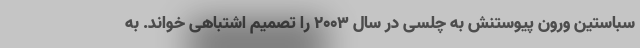
سباستین ورون پیوستنش به چلسی در سال ۲۰۰۳ را تصمیم اشتباهی خواند. به